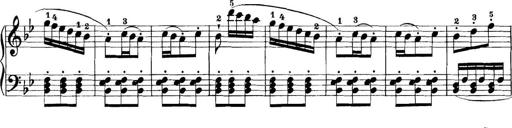
Title: 11 Sonatinas
Composer: Anton Diabelli